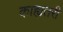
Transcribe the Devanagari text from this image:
काह्यतरी